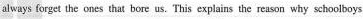
always forget the ones that bere us. This explains the reason why schoolboys